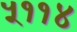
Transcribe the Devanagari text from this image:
५११४